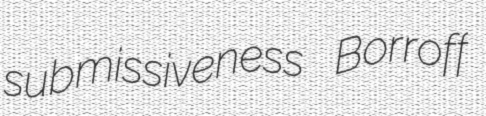
submissiveness Borroff